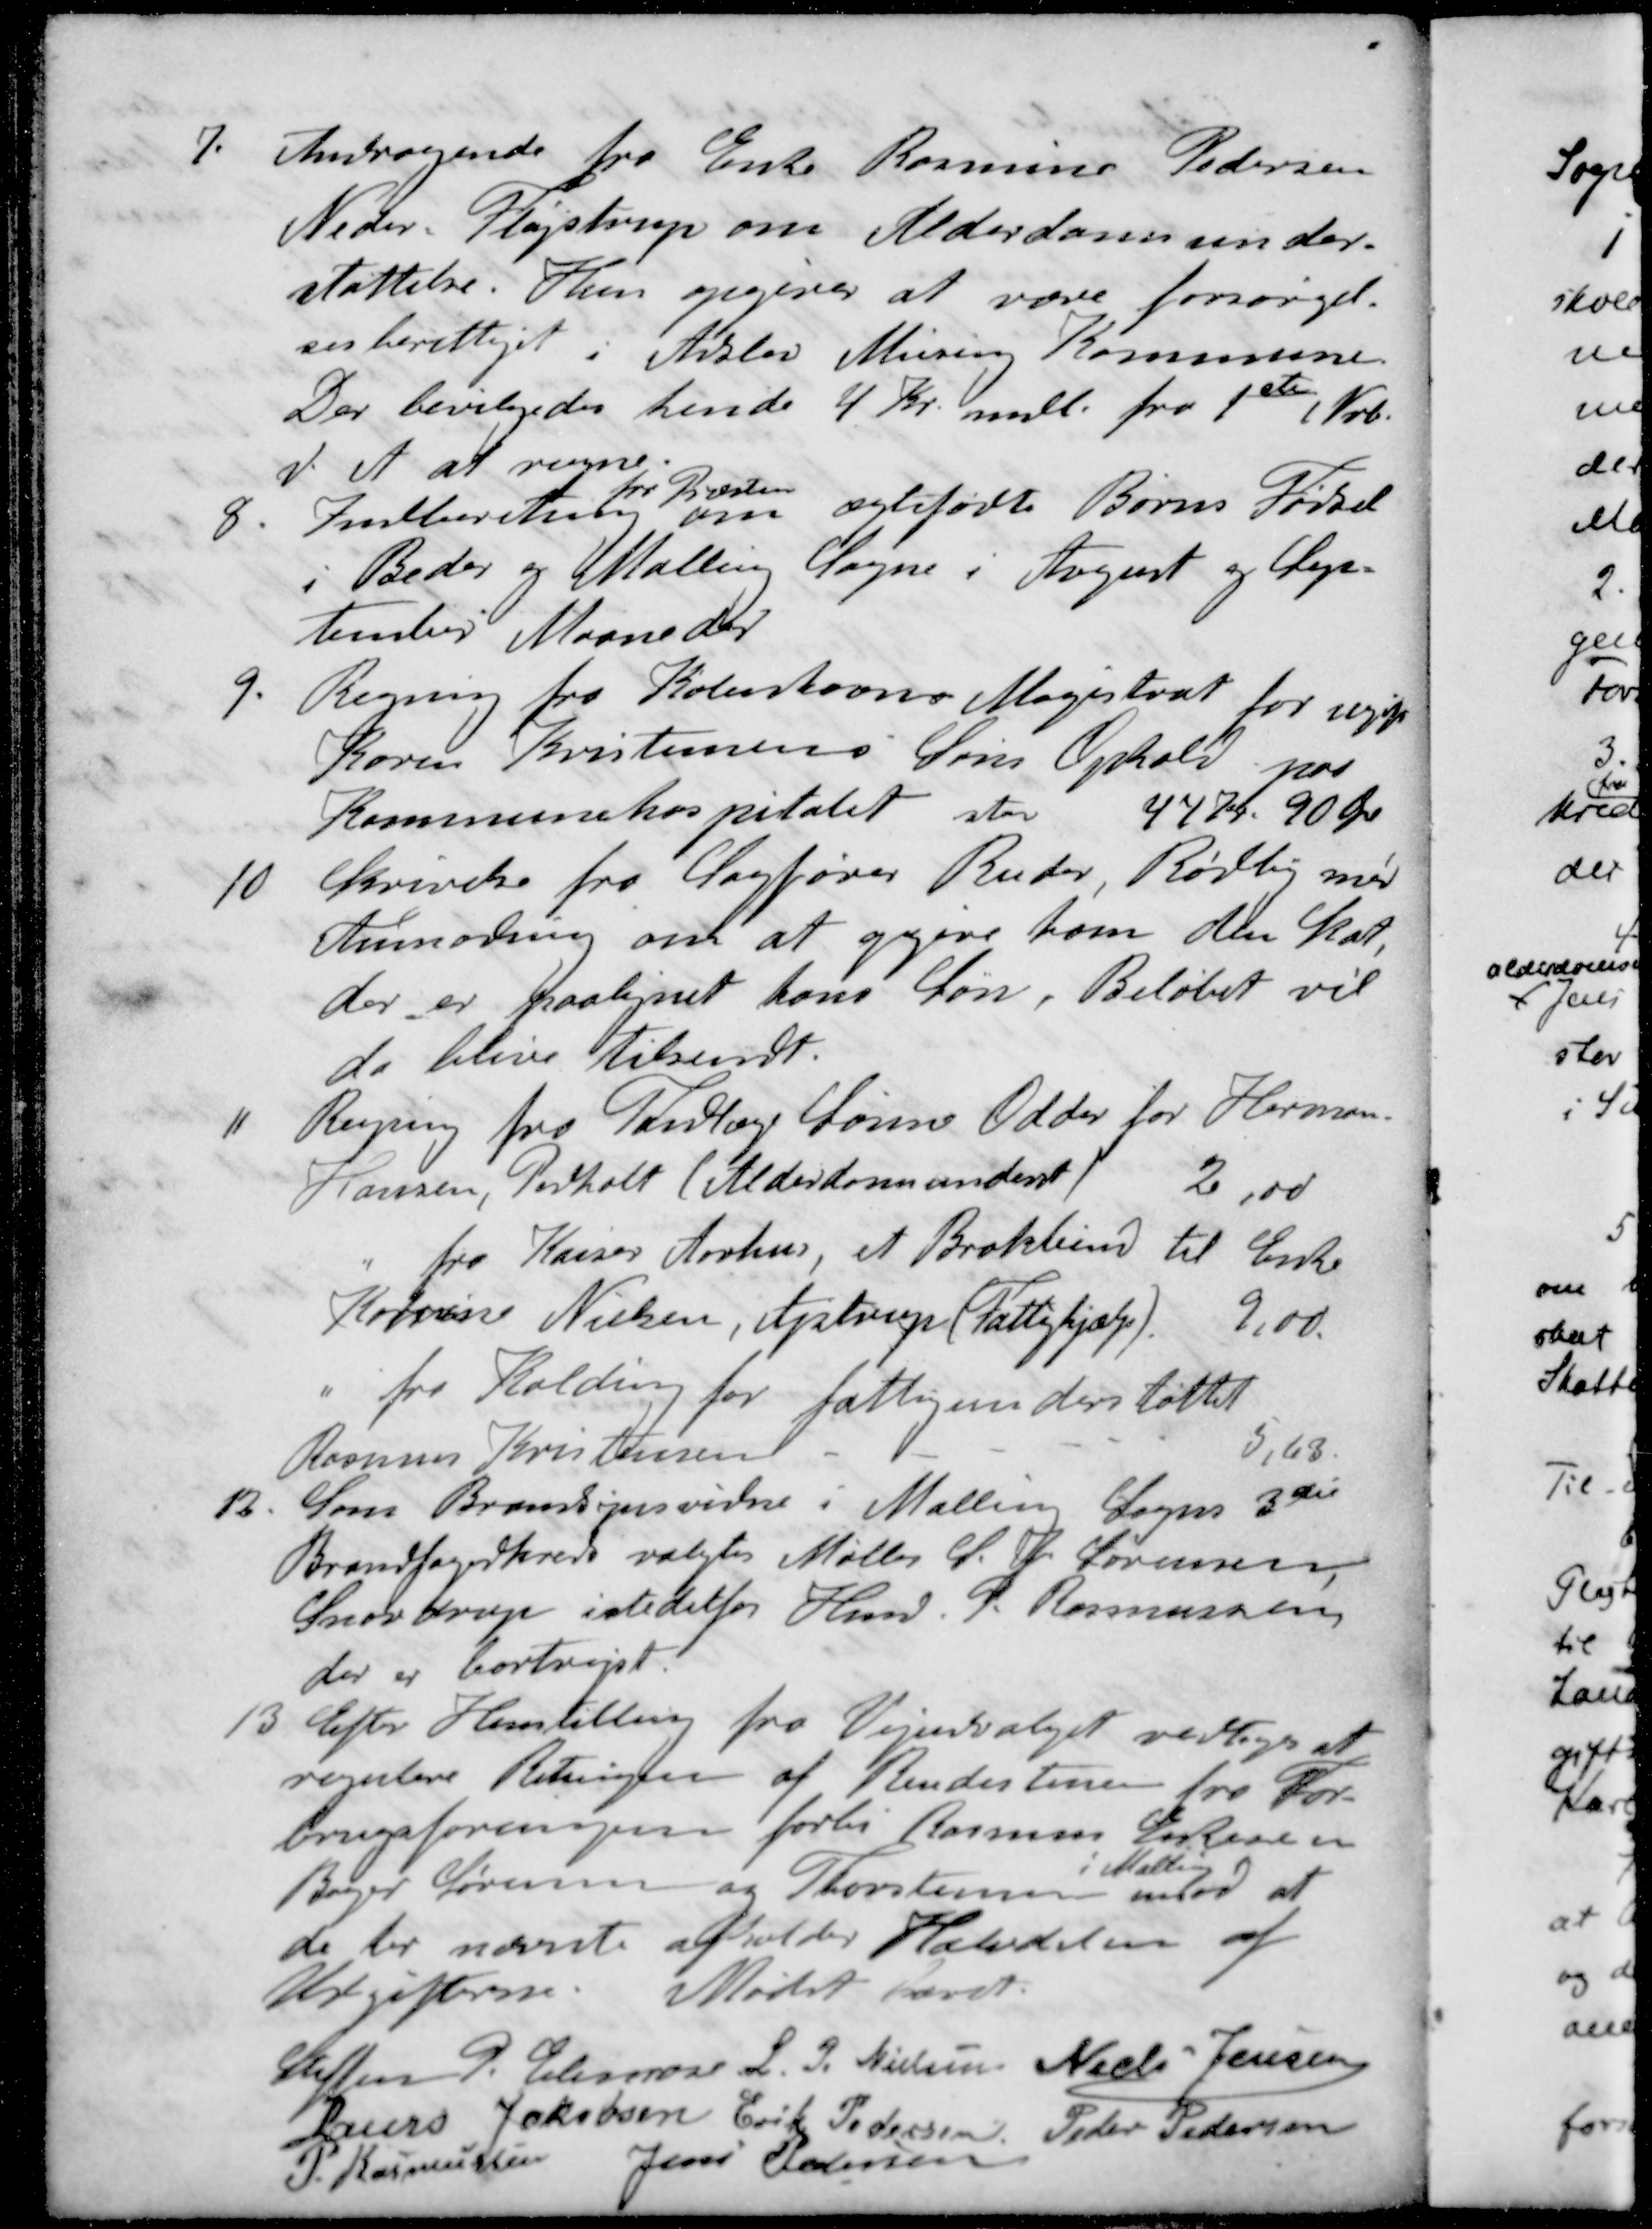
Transskription:
7. Andragende fra Enke Rasmine Pedersen
Neder Fløjstrup om Alderdomsunder-
støttelse.Hun opgiver at være forsørgel-
sesberettiget i Adslev Mesing Kommune
Der bevilgedes hende 4 Kr. mdl. fra 1ste Nvb.
d. A. at regne
fra Præsten
8 Indberetning om ægtefødte Børns Fødsel
i Beder og Mallin Sogne i August og Sep-
tember Maaneder
9. Regning fra Københavns Magistrat for ugift
Karen Kristensens Søns Ophold paa
Kommunehospitalet stor
44 Kr. 90 Øre
10. Skrivelse fra Sagfører Ruder, Rødlby med
Anmodning om at opgive ham den Skat,
der er paalignet hans Søn. Beløbet vil
da blive tilsendt.
11 Regning fra Tandlæge Sonne Odder for Herman
Hansen, Pedholt (Alderdomsunderst)
2,00
" fra Kaiser Aarhus, et Brokbind til Enke
Katrine Nielsen, Ajstrup (Fattighjælp)
9,00
" fra Kolding for fattigunderstøttet
Rasmus Kristensen
5,63
12. Som Brandsynsvidne i Malling Sogns 3die
Brandfogedkreds valgtes Møller S. P. Sørensen
Snovdrup istedetfor Hmd. P. Rasmussen
der er bortrejst.
13 Efter Henstilling fra Vejudvalget vedtoges at
regulere Retningen af Rendestenen fra For-
brugsforeningen forbi Rasmus Eskesen
i Malling
Bager Sørensen og Thorstensen imod at
de her nævnte afholder Halvdelen af
Udgifterne. Mødet hævet
Steffen P. Elmose
L. P. Nielsen
Niels Jensen
Laurs Jakobsen
Erik Pedersen
Peder Pedersen
P Rasmussen
Jens Pedersen